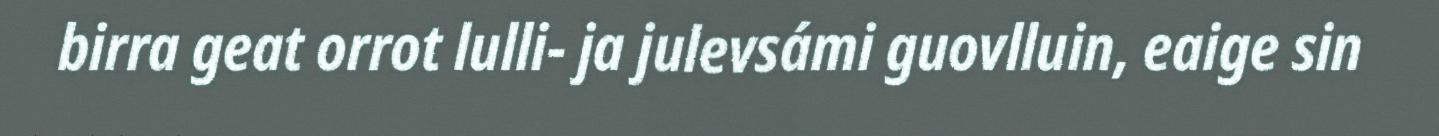
birra geat orrot lulli- ja julevsámi guovlluin, eaige sin